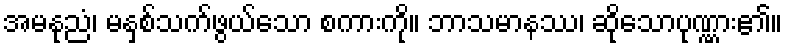
အမနုညံ၊ မနှစ်သက်ဖွယ်သော စကားကို။ ဘာသမာနဿ၊ ဆိုသောပုဏ္ဏား၏။